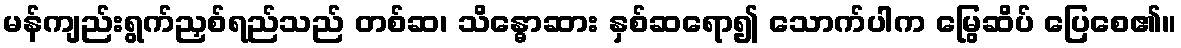
မန်ကျည်းရွက်ညှစ်ရည်သည် တစ်ဆ၊ သိန္ဓောဆား နှစ်ဆရော၍ သောက်ပါက မြွေဆိပ် ပြေစေ၏။